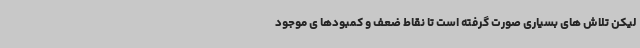
لیکن تلاش های بسیاری صورت گرفته است تا نقاط ضعف و کمبودها ی موجود